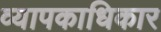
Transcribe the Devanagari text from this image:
व्यापकाधिकार